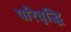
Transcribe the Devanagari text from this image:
परिवृद्धि